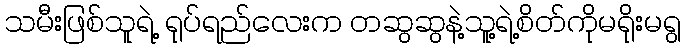
သမီးဖြစ်သူရဲ့ ရုပ်ရည်လေးက တဆွဆွနဲ့သူ့ရဲ့စိတ်ကိုမရိုးမရွ